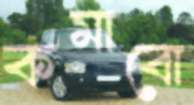
কমাবো